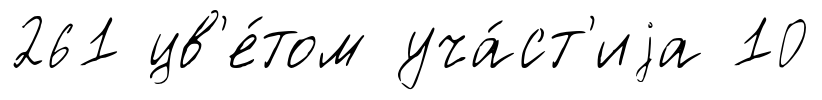
261 цв'е́том уча́ст'иjа 10